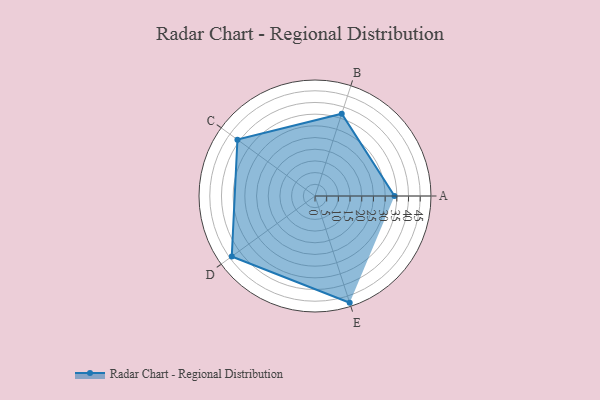
{"axis": {"x": "Skill", "y": "Score"}, "legend": ["Profile"], "data": [{"x": "A", "y": 34.0, "type": "Profile"}, {"x": "B", "y": 37.0, "type": "Profile"}, {"x": "C", "y": 41.0, "type": "Profile"}, {"x": "D", "y": 44.0, "type": "Profile"}, {"x": "E", "y": 48.0, "type": "Profile"}]}